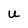
Character: u